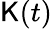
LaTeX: \mathsf{K}(t)